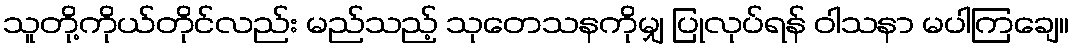
သူတို့ကိုယ်တိုင်လည်း မည်သည့် သုတေသနကိုမျှ ပြုလုပ်ရန် ဝါသနာ မပါကြချေ။